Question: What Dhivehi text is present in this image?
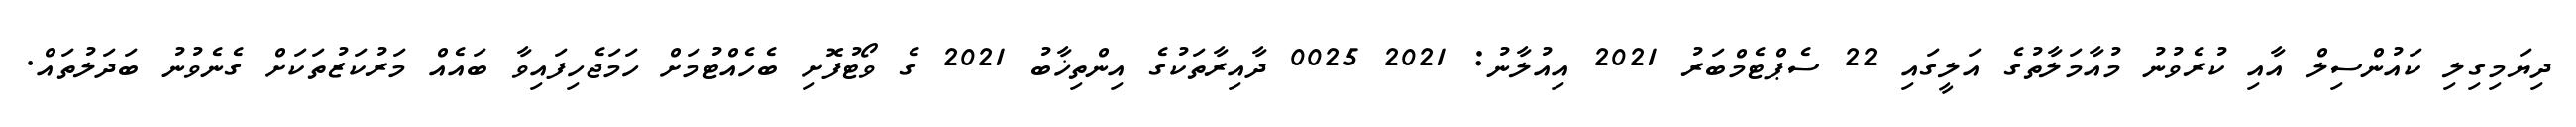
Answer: ދިޔަމިގިލި ކައުންސިލް އާއި ކުރެވުނު މުއާމަލާތުގެ އަލީގައި 22 ސެޕްޓެމްބަރު 2021 އިއުލާނު: 2021 0025 ދާއިރާތަކުގެ އިންތިޚާބު 2021 ގެ ވޯޓުފޮށި ބެހެއްޓުމަށް ހަމަޖެހިފައިވާ ބައެއް މަރުކަޒުތަކަށް ގެނެވުނު ބަދަލުތައް.